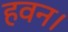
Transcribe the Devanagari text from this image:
हवन।